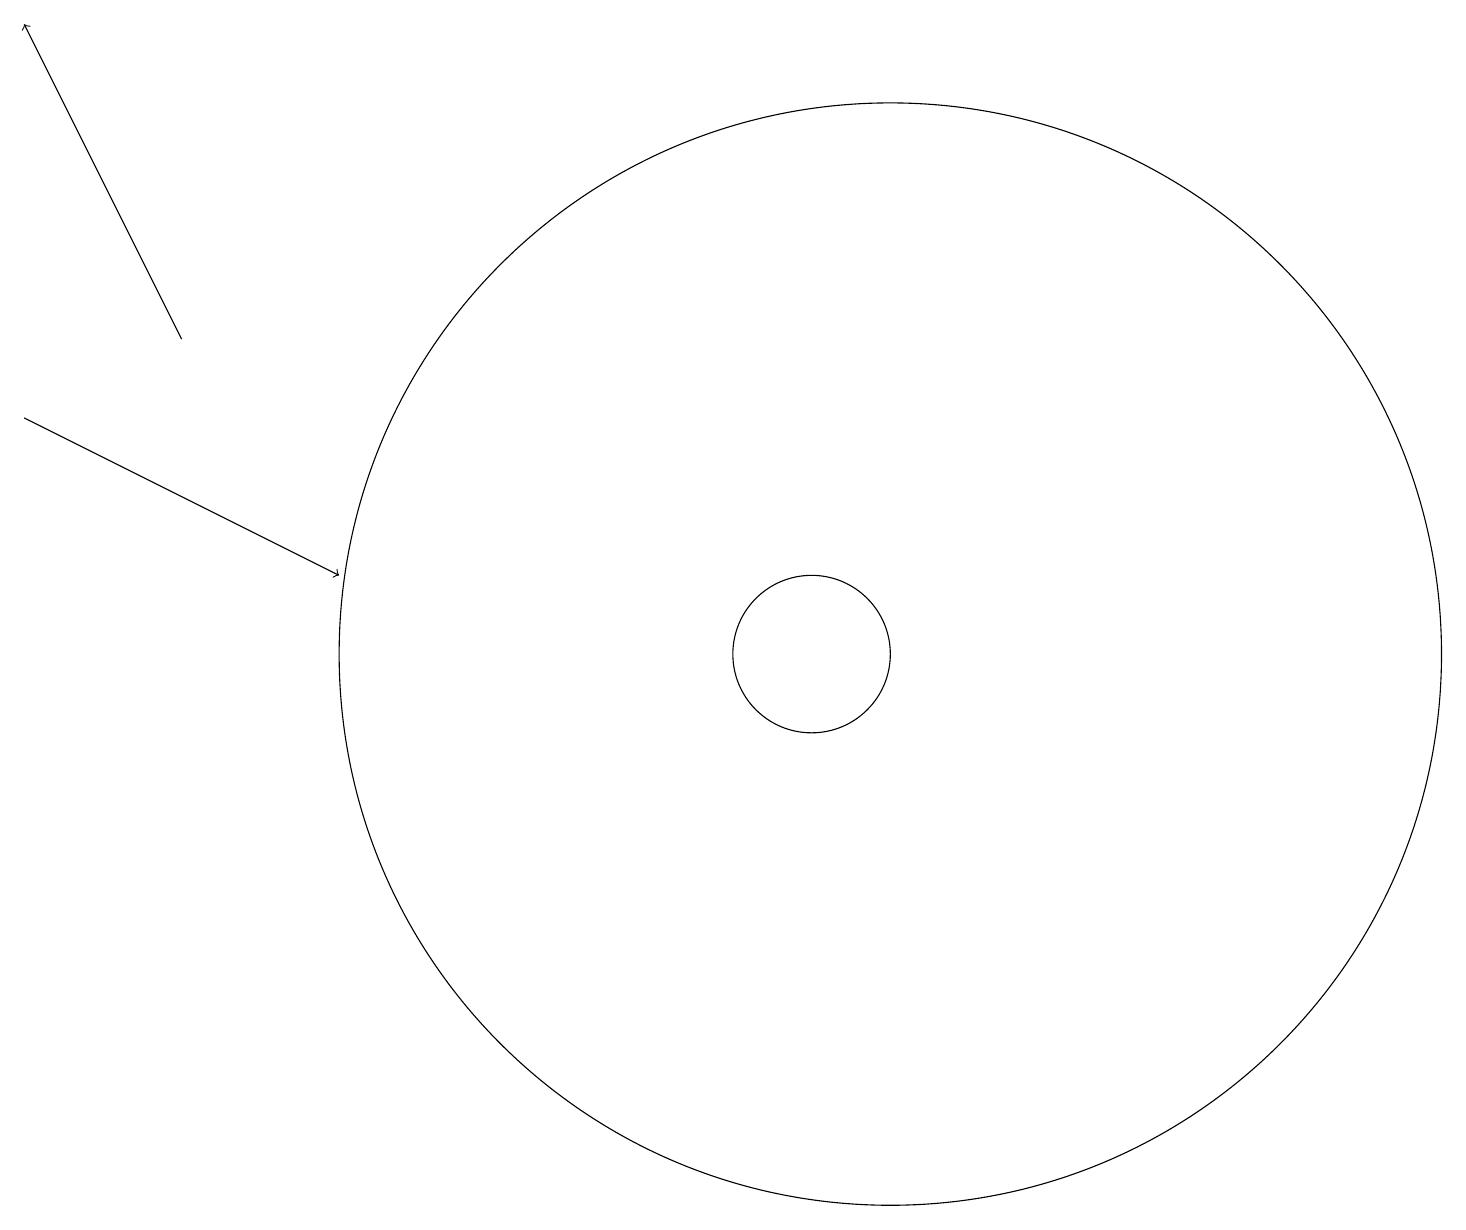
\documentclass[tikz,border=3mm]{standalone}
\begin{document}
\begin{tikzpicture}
\draw (12,11) circle (7);
\draw[->] (3,15) -- (1,19);
\draw (11,11) circle (1);
\draw[->] (1,14) -- (5,12);
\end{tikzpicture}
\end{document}